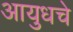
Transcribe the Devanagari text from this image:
आयुधचे